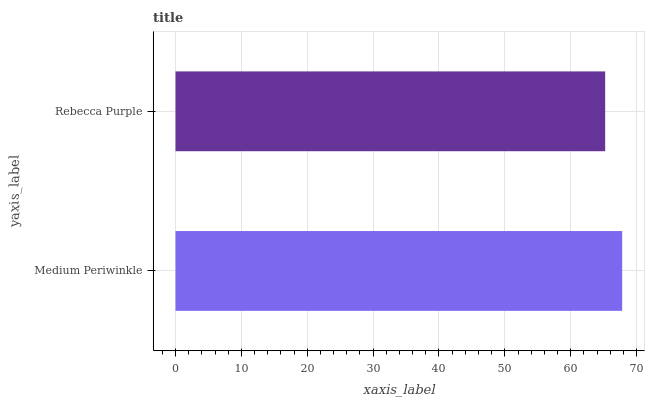
| yaxis_label | bars |
 | --- | --- |
 | Medium Periwinkle | 67.8 |
 | Rebecca Purple | 65.2 |